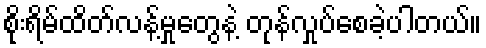
စိုးရိမ်ထိတ်လန့်မှုတွေနဲ့ တုန်လှုပ်စေခဲ့ပါတယ်။